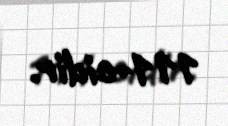
111-cidir.